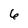
Character: 6